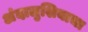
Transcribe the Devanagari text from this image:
अंदालुशियाचा